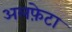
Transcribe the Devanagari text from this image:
अलफ़ेटा